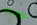
توجيه